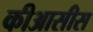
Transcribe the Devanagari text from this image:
कीआसीस